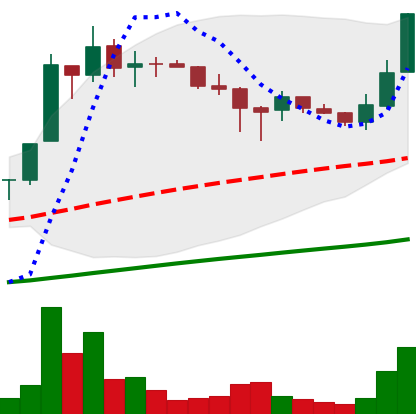
Ticker: LTC-USD
Chart end date: 2017-07-04
Forward return: -10.398%
Label: down_7plus